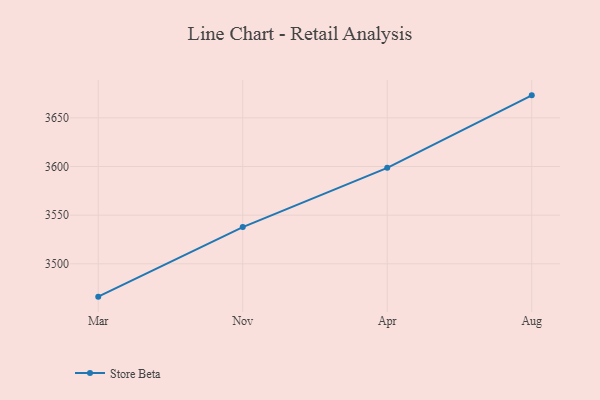
{"axis": {"x": "Month", "y": "Temperature (°C)"}, "legend": ["Store Beta"], "data": [{"x": "Mar", "y": 3466.3, "type": "Store Beta"}, {"x": "Nov", "y": 3537.8, "type": "Store Beta"}, {"x": "Apr", "y": 3598.6, "type": "Store Beta"}, {"x": "Aug", "y": 3673.1, "type": "Store Beta"}]}